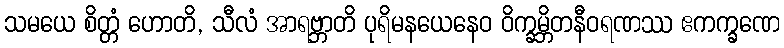
သမယေ စိတ္တံ ဟောတိ, သီလံ အာရဗ္ဘာတိ ပုရိမနယေနေဝ ဝိက္ခမ္ဘိတနီဝရဏဿ ဧကက္ခဏေ